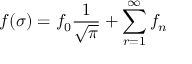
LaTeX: f ( \sigma ) = f _ { 0 } \frac { 1 } { \sqrt { \pi } } + \sum _ { r = 1 } ^ { \infty } f _ { n }